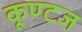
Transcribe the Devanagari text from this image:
कूण्टज